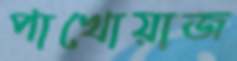
পাখোয়াজ